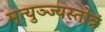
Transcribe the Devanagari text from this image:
मृत्युञ्ज्यस्तोत्रं